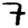
Digit: 7